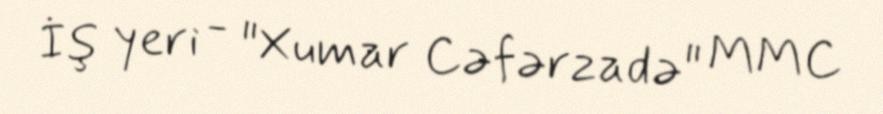
İş yeri - "Xumar Cəfərzadə" MMC